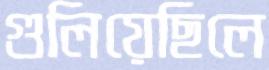
গুলিয়েছিলে